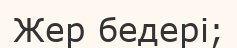
Жер бедері;